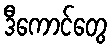
ဒီကောင်တွေ